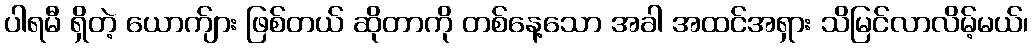
ပါရမီ ရှိတဲ့ ယောက်ျား ဖြစ်တယ် ဆိုတာကို တစ်နေ့သော အခါ အထင်အရှား သိမြင်လာလိမ့်မယ်၊